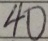
4 0